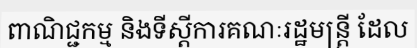
ពាណិជ្ជកម្ម និងទីស្តីការគណៈរដ្ឋមន្ត្រី ដែល